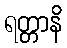
ရတ္တာနိ